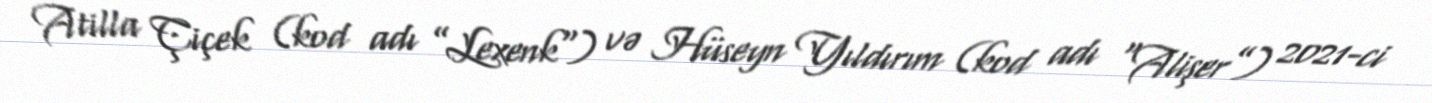
Atilla Çiçek (kod adı ”Lexenk") və Hüseyn Yıldırım (kod adı “Alişer”) 2021-ci